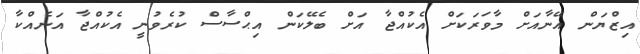
އިޒްޔަން އޭނާއަށް މާވަރަކަށް އެކުއްޖާ އަށް ބެލޭކަން އިޙްސާސް ކުރެވުނީ އެކުއްޖާ އަނެއްކާ